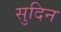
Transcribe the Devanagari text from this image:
सुदिन